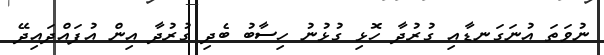
ނުވަތަ އުނަގަނޑާއި ގުރުދާ ހޮޅި ގުޅުނު ހިސާބު ބެދި ގުރުދާ އިން އުފައްދައިދޭ